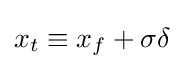
x_{t}\equiv x_{f}+\sigma \delta